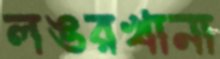
লঙরখানা